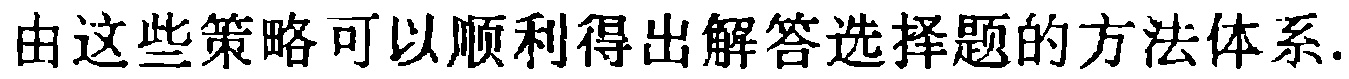
由这些策略可以顺利得出解答选择题的方法体系.